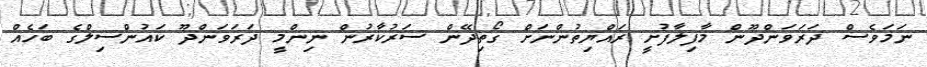
ނަމަވެސް ދަރަވަންދޫން މާފިލާފުށީ ރައްޔިތުންނަށް ގޯތިދޭން ސަރުކާރުން ނިންމީ ދަރަވަންދޫ ކައުންސިލްގެ ބަހެއް